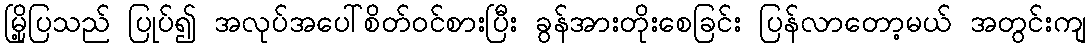
မြို့ပြသည် ပြုပ်၍ အလုပ်အပေါ်စိတ်ဝင်စားပြီး ခွန်အားတိုးစေခြင်း ပြန်လာတော့မယ် အတွင်းကျ